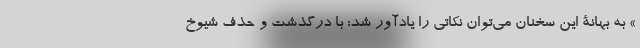
» به بهانۀ این سخنان می‌توان نکاتی را یادآور شد: با درگذشت و حذف شیوخ